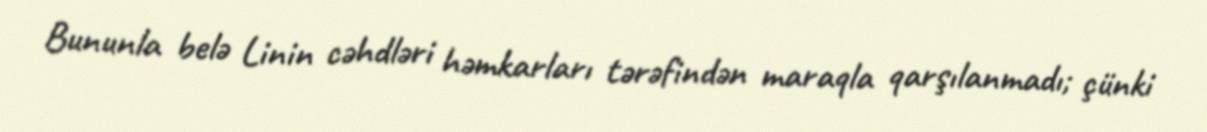
Bununla belə Linin cəhdləri həmkarları tərəfindən maraqla qarşılanmadı; çünki